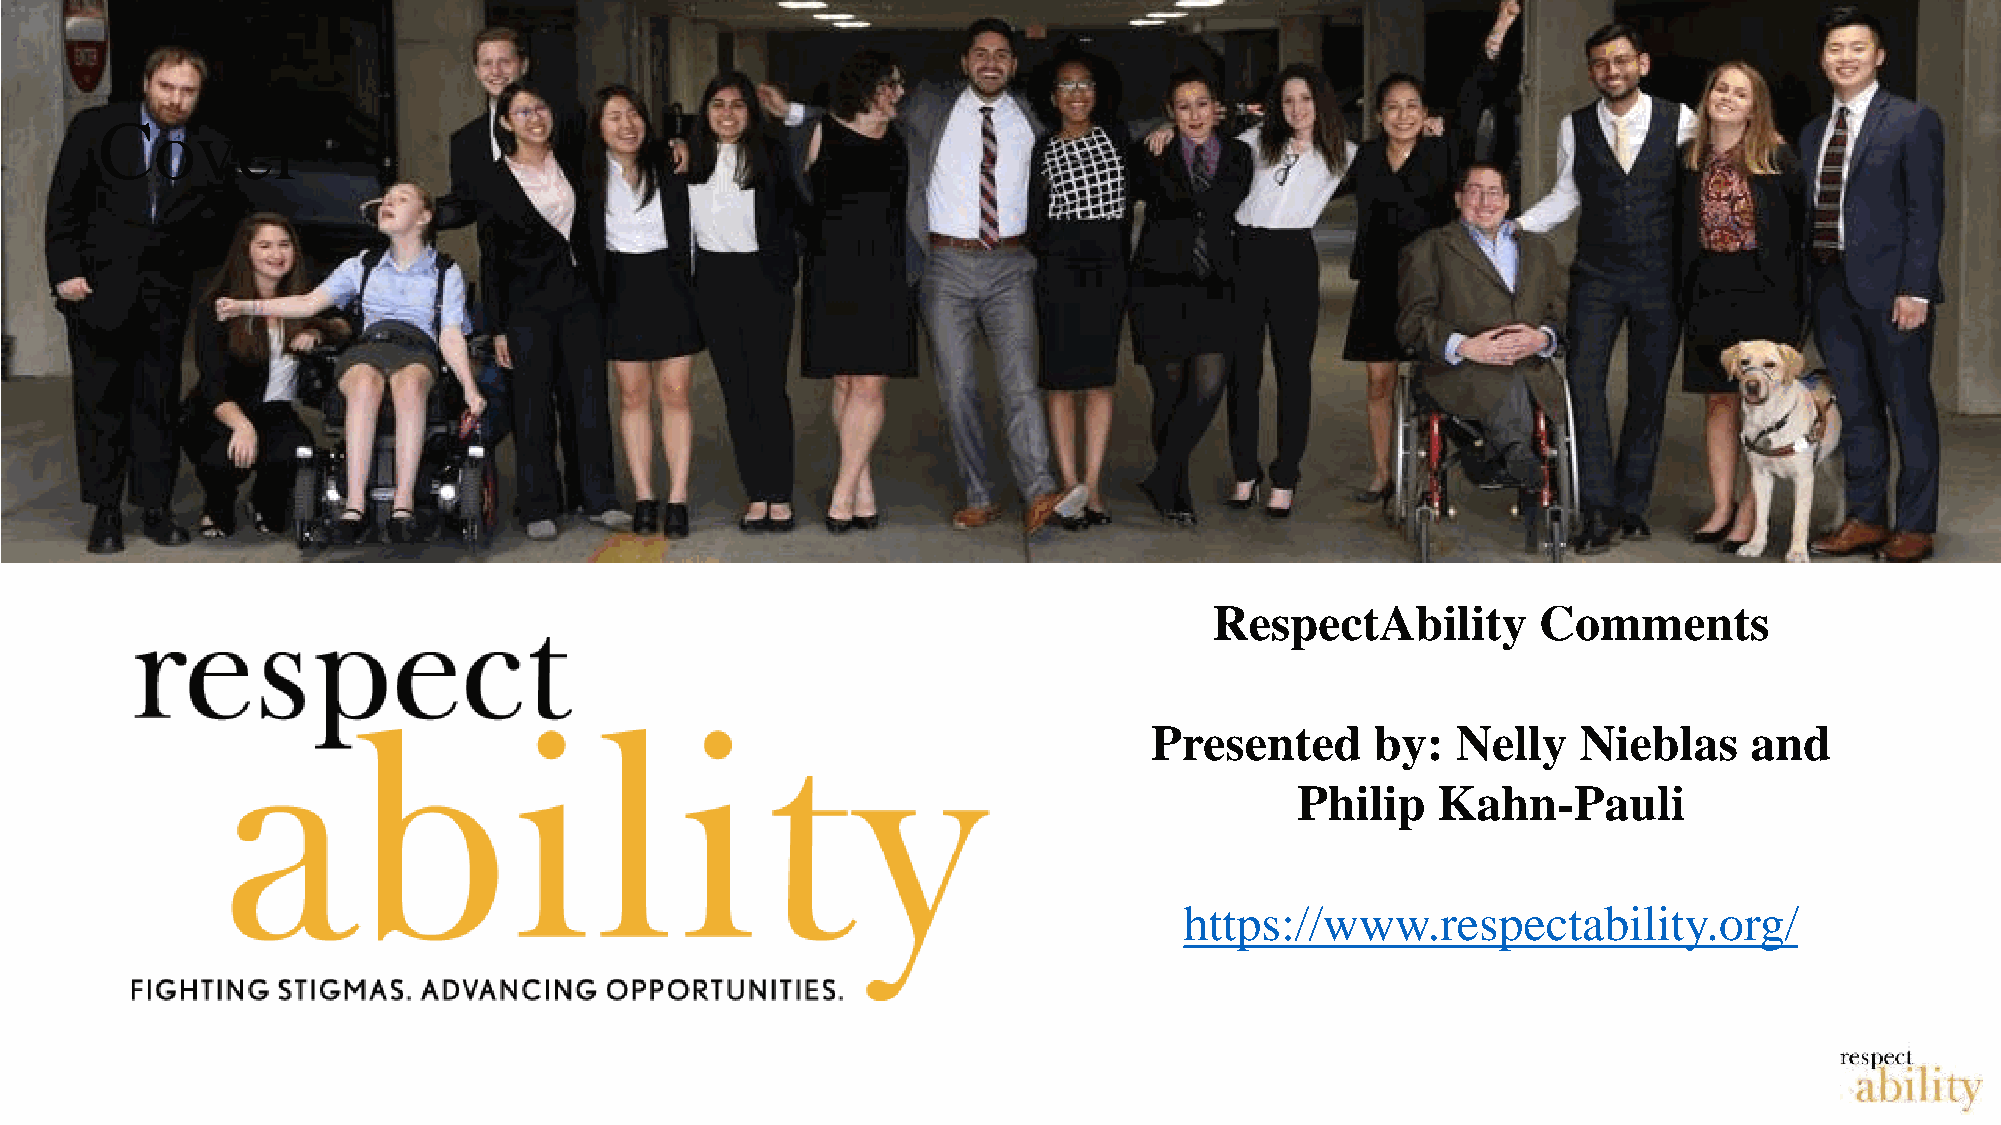
Cover
 RespectAbility        Comments
 Presented      by:  Nelly    Nieblas    and
 Philip   Kahn-Pauli
 https://www.respectability.org/